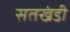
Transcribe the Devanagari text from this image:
सतखंडी